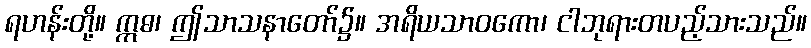
ရဟန်းတို့။ ဣဓ၊ ဤသာသနာတော်၌။ အရိယသာဝကော၊ ငါဘုရားတပည့်သားသည်။